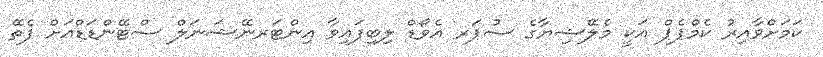
ކަމަށްވާއިރު ކެމްޕެޕް އަކީ މެލޭޝިޔާގެ ސުޕަރ އެވޯޑް ލިބިފައިވާ އިންޓަރނޭޝަނަލް ސްޓޭންޑަޑްއަށް ފެތޭ